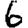
Digit: 6